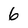
Character: 6